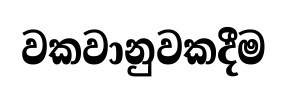
වකවානුවකදීම